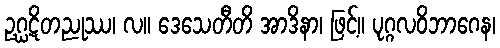
ဥဂ္ဃဋိတညုဿ၊ လ။ ဒေသေတီတိ အာဒိနာ၊ ဖြင့်။ ပုဂ္ဂလဝိဘာဂေန၊